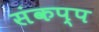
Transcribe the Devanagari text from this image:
संकप्प